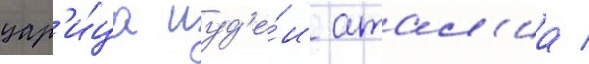
цар'и́ца иуд'е́и атал'иа /